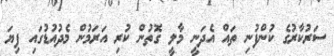
ސަރުކާރުގެ ކުންފުނި ތައް އެދަނީ މާލީ ގޮތުން ކުރި އަރަމުން މެދުއުޑުގައި ފިޔަ